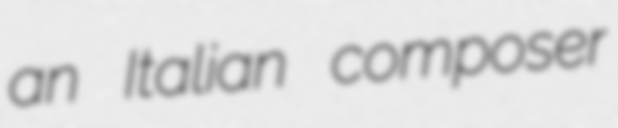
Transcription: an Italian composer